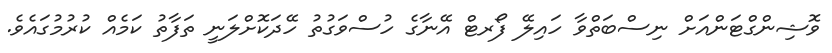
ވޮޝިންގްޓަންއަށް ނިސްބަތްވާ ހައިލޭ ފޯރޓް އޭނާގެ ހުސްވަގުތު ހޭދަކޮށްލަނީ ތަފާތު ކަމެއް ކުރުމުގައެވެ.